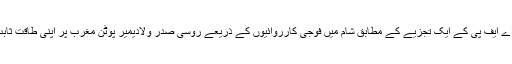
خبر رساں ادارے اے ایف پی کے ایک تجزیے کے مطابق شام میں فوجی کارروائیوں کے ذریعے روسی صدر ولادیمیر پوٹن مغرب پر اپنی طاقت ثابت کرنا چاہتے ہیں۔